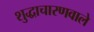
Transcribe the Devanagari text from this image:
शुद्धाचारणवाले